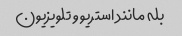
بله مانند استریو و تلویزیون